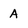
Character: A